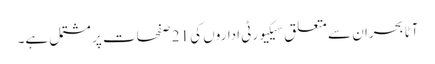
آٹا بحران سے متعلق سیکیورٹی اداروں کی 21 صفحات پر مشتمل ہے۔